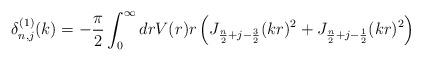
LaTeX: \begin{align*}\delta^{(1)}_{n,j}(k) = -\frac{\pi}{2} \int_0^\infty dr V(r) r\left(J_{\frac{n}{2} + j - \frac{3}{2}}(kr)^2 +J_{\frac{n}{2} + j - \frac{1}{2}}(kr)^2 \right)\end{align*}